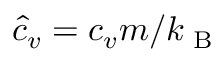
\hat { c } _ { v } = c _ { v } m / k _ { \textrm { B } }